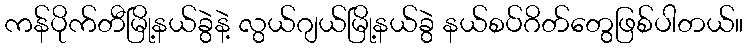
ကန်ပိုက်တီမြို့နယ်ခွဲနဲ့ လွယ်ဂျယ်မြို့နယ်ခွဲ နယ်စပ်ဂိတ်တွေဖြစ်ပါတယ်။